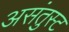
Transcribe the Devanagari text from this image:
असंतुस्ट